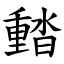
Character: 濌